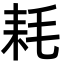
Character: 耗